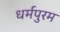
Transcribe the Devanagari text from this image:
धर्मपुरम